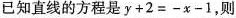
已知直线的方程是$$y+2=-x-1$$，则